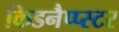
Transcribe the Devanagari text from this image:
किडनैप्प्स्टर